Civil Veterinary Dept. Bombay admin report 1893-99 - 1893-1899
Year: 1893
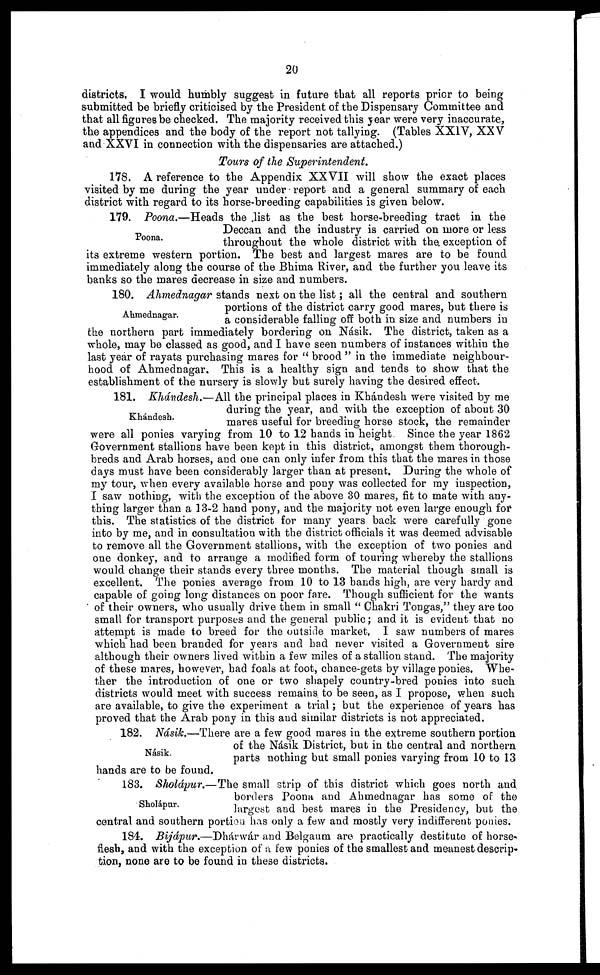
20
districts. I would humbly suggest in future that all reports prior to being
submitted be briefly criticised by the President of the Dispensary Committee and
that all figures be checked. The majority received this year were very inaccurate,
the appendices and the body of the report not tallying. (Tables XXIV, XXV
and XXVI in connection with the dispensaries are attached.)
Tours of the Superintendent.
178. A reference to the Appendix XXVII will show the exact places
visited by me during the year under report and a general summary of each
district with regard to its horse-breeding capabilities is given below.
Poona.
179. Poona.—Heads the list as the best horse-breeding tract in the
Deccan and the industry is carried on more or less
throughout the whole district with the. exception of
its extreme western portion. The best and largest mares are to be found
immediately along the course of the Bhima River, and the further you leave its
banks so the mares decrease in size and numbers.
Ahmednagar.
180. Ahmednagar stands next on the list; all the central and southern
portions of the district carry good mares, but there is
a considerable falling off both in size and numbers in
the northern part immediately bordering on Násik. The district, taken as a
whole, may be classed as good, and I have seen numbers of instances within the
last year of rayats purchasing mares for "brood" in the immediate neighbour-
hood of Ahmednagar. This is a healthy sign and tends to show that the
establishment of the nursery is slowly but surely having the desired effect.
Khándesh.
181. Khándesh.—All the principal places in Khándesh were visited by me
during the year, and with the exception of about 30
mares useful for breeding horse stock, the remainder
were all ponies varying from 10 to 12 hands in height. Since the year 1862
Government stallions have been kept in this district, amongst them thorough-
breds and Arab horses, and one can only infer from this that the mares in those
days must have been considerably larger than at present. During the whole of
my tour, when every available horse and pony was collected for my inspection,
I saw nothing, with the exception of the above 30 mares, fit to mate with any-
thing larger than a 13-2 hand pony, and the majority not even large enough for
this. The statistics of the district for many years back were carefully gone
into by me, and in consultation with the district officials it was deemed advisable
to remove all the Government stallions, with the exception of two ponies and
one donkey, and to arrange a modified form of touring whereby the stallions
would change their stands every three months. The material though small is
excellent. The ponies average from 10 to 13 hands high, are very hardy and
capable of going long distances on poor fare. Though sufficient for the wants
of their owners, who usually drive them in small "Chakri Tongas," they are too
small for transport purposes and the general public; and it is evident that no
attempt is made to breed for the outside market. I saw numbers of mares
which had been branded for years and had never visited a Government sire
although their owners lived within a few miles of a stallion stand. The majority
of these mares, however, had foals at foot, chance-gets by village ponies. Whe-
ther the introduction of one or two shapely country-bred ponies into such
districts would meet with success remains to be seen, as I propose, when such
are available, to give the experiment a trial; but the experience of years has
proved that the Arab pony in this and similar districts is not appreciated.
Násik.
182. Násik.—There are a few good mares in the extreme southern portion
of the Nasik District, but in the central and northern
parts nothing but small ponies varying from 10 to 13
hands are to be found.
Sholápur.
183. Sholápur.—The small strip of this district which goes north and
borders Poona and Ahmednagar has some of the
largest and best mares in the Presidency, but the
central and southern portion has only a few and mostly very indifferent ponies.
184. Bijápur.—Dhárwár and Belgaum are practically destitute of horse-
flesh, and with the exception of a few ponies of the smallest and meanest descrip-
tion, none are to be found in these districts.